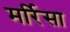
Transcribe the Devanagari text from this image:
मर्रिसा